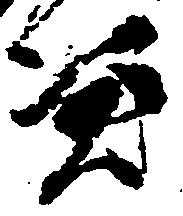
憑